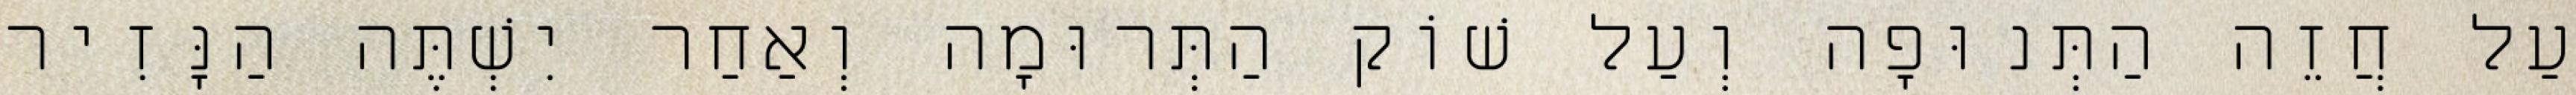
עַל חֲזֵה הַתְּנוּפָה וְעַל שׁוֹק הַתְּרוּמָה וְאַחַר יִשְׁתֶּה הַנָּזִיר